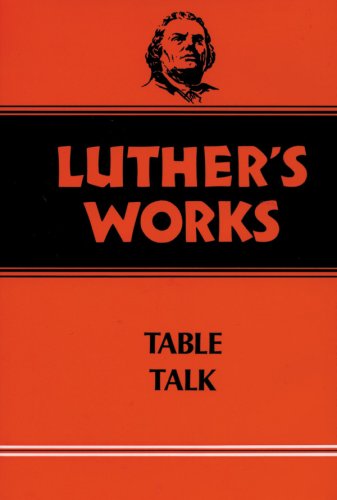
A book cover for Luther's Works, Volume 54: Table Talk (Luther's Works (Augsburg)); Martin Luther; Christian Books & Bibles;